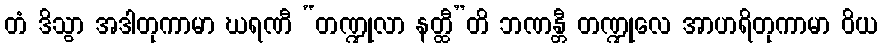
တံ ဒိသွာ အဒါတုကာမာ ဃရဏီ “တဏ္ဍုလာ နတ္ထီ”တိ ဘဏန္တီ တဏ္ဍုလေ အာဟရိတုကာမာ ဝိယ